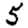
Digit: 5